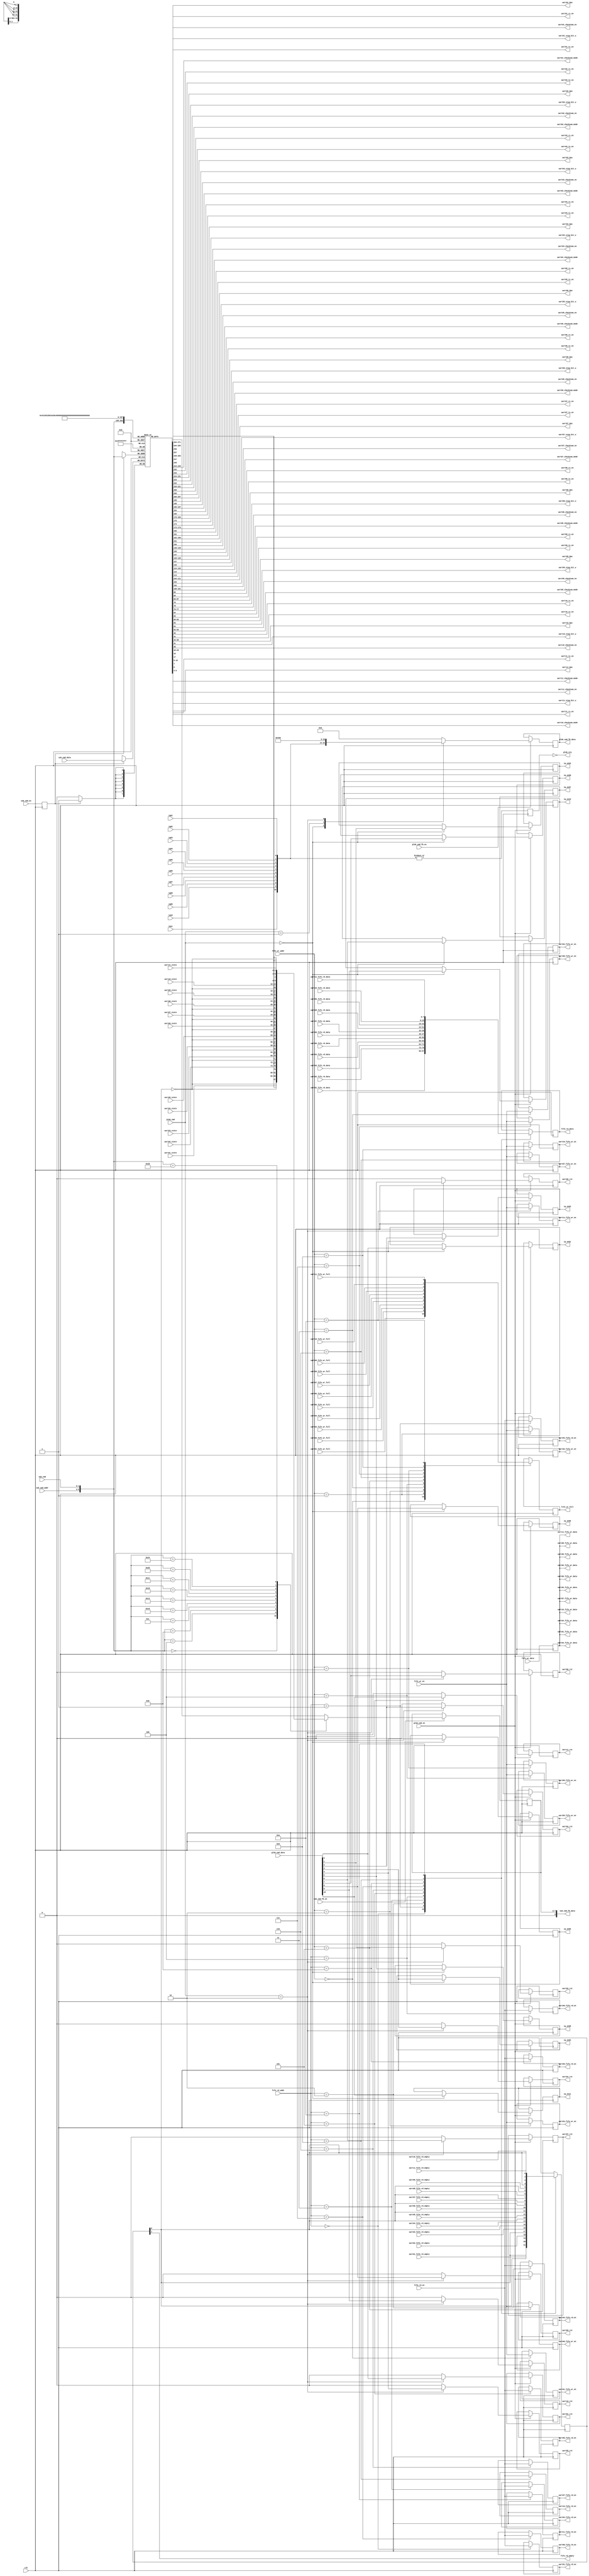
module cmd_parse#(parameter DATA_WIDTH=8, parameter ADDR_WIDTH=6)(
	input clk,
	output glob_irq,
	//global cmmand                 
	input [2:0] 							glob_cmd					,     
	input [10:0] 							glob_cmd_data  		, 
	input 										glob_cmd_en				,             
	output 	[10:0] 						glob_cmd_fb_data	,       
	input 										glob_cmd_fb_en		,       
	   
//sub uart cmd                  	
	input [1:0] 							sub_cmd							,     
	input [DATA_WIDTH-1:0] 		sub_cmd_data 				,     
	input  [3:0] 							sub_cmd_addr 				,   
	output [DATA_WIDTH:0] 		sub_cmd_fb_data			,       
	input 										sub_cmd_fb_en				,         
	input 										sub_cmd_en 					,            
	
	input [3:0] 						fifo_wr_addr,//FIFO控制，选择要写入的FIFO
	input [DATA_WIDTH-1:0] 	fifo_wr_data,
	input 									fifo_wr_en,
	output									fifo_wr_full,
	//FPGA TX FIFO
	input [3:0] 						fifo_rd_addr,
	output [DATA_WIDTH-1:0] fifo_rd_data,
	input 									fifo_rd_en,
	output 									fifo_rd_empty,
	
	output 						uart01_rx_en						 ,				
	output 						uart01_tx_en						 ,				
	output [7:0] 			uart01_bps 			 ,	
	output  					uart01_stop_bit_w ,		
	output 						uart01_checksum_en 	   ,
	output 	[1:0]			uart01_checksum_mode    , 
	output						iq_en01,      
	output						uart01_rst, 
	input		[4:0]			uart01_state ,
	input							iq01,  
	output	[DATA_WIDTH-1:0] uart01_fifo_wr_data,
	output 				uart01_fifo_wr_en,
	input [DATA_WIDTH-1:0] 		uart01_fifo_rd_data,
	output       		uart01_fifo_rd_en,
	
	output 				uart02_rx_en						 ,		
	output 				uart02_tx_en						 ,		
	output [7:0] 	uart02_bps 			 ,	          
	output 		 	uart02_stop_bit_w ,		        
	output 				uart02_checksum_en 	   ,      
	output 	[1:0]			uart02_checksum_mode    , 
	output				iq_en02,			    
	output				uart02_rst, 
	input		[4:0]	uart02_state , 
	input				iq02,   
	output	[DATA_WIDTH-1:0] uart02_fifo_wr_data,  
	output 				uart02_fifo_wr_en, 
	input [DATA_WIDTH-1:0] 		uart02_fifo_rd_data,
	output       		uart02_fifo_rd_en,
	   
	output 				uart03_rx_en						 ,		
	output 				uart03_tx_en						 ,		
	output [7:0] 	uart03_bps 			 ,	          
	output  	uart03_stop_bit_w ,		        
	output 				uart03_checksum_en 	   ,      
	output 	[1:0]			uart03_checksum_mode    ,     
	output				iq_en03,  
	output				uart03_rst,
	input		[4:0]	uart03_state , 
	input				iq03, 
	output	[DATA_WIDTH-1:0] uart03_fifo_wr_data,  
	output 				uart03_fifo_wr_en,   
	input [DATA_WIDTH-1:0] 		uart03_fifo_rd_data,
	output       		uart03_fifo_rd_en, 
	
	output 				uart04_rx_en						 ,		
	output 				uart04_tx_en						 ,		
	output [7:0] 	uart04_bps 			 ,	          
	output  	uart04_stop_bit_w ,		        
	output 				uart04_checksum_en 	   ,      
	output [1:0]	uart04_checksum_mode    ,     
	output				iq_en04,  
	output				uart04_rst,
	input		[4:0]	uart04_state , 
	input				iq04,  
	output	[DATA_WIDTH-1:0] uart04_fifo_wr_data,  
	output 				uart04_fifo_wr_en, 
	input [DATA_WIDTH-1:0] 		uart04_fifo_rd_data,
	output       		uart04_fifo_rd_en,
	   
	output 				uart05_rx_en						 ,		
	output 				uart05_tx_en						 ,		
	output [7:0] 	uart05_bps 			 ,	          
	output 	uart05_stop_bit_w ,		        
	output 				uart05_checksum_en 	   ,      
	output 	[1:0]			uart05_checksum_mode    ,     
	output				iq_en05,
	output				uart05_rst, 
	input		[4:0]	uart05_state ,  
	input				iq05,   
	output	[DATA_WIDTH-1:0] uart05_fifo_wr_data,  
	output 				uart05_fifo_wr_en, 
	input [DATA_WIDTH-1:0] 		uart05_fifo_rd_data,
	output       		uart05_fifo_rd_en,
	   
	output 				uart06_rx_en						 ,		
	output 				uart06_tx_en						 ,		
	output [7:0] 	uart06_bps 			 ,	          
	output  	uart06_stop_bit_w ,		        
	output 				uart06_checksum_en 	   ,      
	output 	[1:0]			uart06_checksum_mode    ,    
	output				iq_en06,
	output				uart06_rst, 
	input		[4:0]	uart06_state ,  
	input				iq06, 
	output	[DATA_WIDTH-1:0] uart06_fifo_wr_data,  
	output 				uart06_fifo_wr_en, 
	input [DATA_WIDTH-1:0] 		uart06_fifo_rd_data,
	output       		uart06_fifo_rd_en,  
	 
	output 				uart07_rx_en						 ,		
	output 				uart07_tx_en						 ,		
	output [7:0] 	uart07_bps 			 ,	          
	output  	uart07_stop_bit_w ,		        
	output 				uart07_checksum_en 	   ,      
	output 	[1:0]			uart07_checksum_mode    ,     
	output				iq_en07,
	output				uart07_rst, 
	input		[4:0]	uart07_state ,  
	input				iq07,  
	output	[DATA_WIDTH-1:0] uart07_fifo_wr_data,  
	output 				uart07_fifo_wr_en, 
	input [DATA_WIDTH-1:0] 		uart07_fifo_rd_data,
	output       		uart07_fifo_rd_en,
	   
	output 				uart08_rx_en						 ,		
	output 				uart08_tx_en						 ,		
	output [7:0] 	uart08_bps 			 ,	          
	output  	uart08_stop_bit_w ,		        
	output 				uart08_checksum_en 	   ,      
	output 	[1:0]			uart08_checksum_mode    ,      
	output				iq_en08,
	output				uart08_rst, 
	input		[4:0]	uart08_state ,  
	input				iq08,   
	output	[DATA_WIDTH-1:0] uart08_fifo_wr_data,  
	output 				uart08_fifo_wr_en, 
	input [DATA_WIDTH-1:0] 		uart08_fifo_rd_data,
	output       		uart08_fifo_rd_en,
	   
	output 				uart09_rx_en						 ,		
	output 				uart09_tx_en						 ,		
	output [7:0] 	uart09_bps 			 ,	          
	output  	uart09_stop_bit_w ,		        
	output 				uart09_checksum_en 	   ,      
	output 	[1:0]			uart09_checksum_mode    ,     
	output				iq_en09,
	output				uart09_rst, 
	input		[4:0]	uart09_state , 
	input				iq09,  
	output	[DATA_WIDTH-1:0] uart09_fifo_wr_data,  
	output 				uart09_fifo_wr_en, 
	input [DATA_WIDTH-1:0] 		uart09_fifo_rd_data,
	output       		uart09_fifo_rd_en,
	    
	output 				uart10_rx_en						 ,		
	output 				uart10_tx_en						 ,		
	output [7:0] 	uart10_bps 			 ,	          
	output  	uart10_stop_bit_w ,		        
	output 				uart10_checksum_en 	   ,      
	output 	[1:0]			uart10_checksum_mode    ,     
	output				iq_en10,
	output				uart10_rst, 
	input		[4:0]	uart10_state ,  
	input				iq10,
	output	[DATA_WIDTH-1:0] uart10_fifo_wr_data,  
  output 				uart10_fifo_wr_en,  
  input [DATA_WIDTH-1:0] 		uart10_fifo_rd_data,
  output       		uart10_fifo_rd_en,
   
	output 				uart11_rx_en						 ,		
	output 				uart11_tx_en						 ,		
	output [7:0] 	uart11_bps 			 ,	          
	output  	uart11_stop_bit_w ,		        
	output 				uart11_checksum_en 	   ,      
	output 	[1:0]			uart11_checksum_mode    ,   
	output				iq_en11  ,
	output				uart11_rst, 
	input		[4:0]	uart11_state ,
	input				iq11 ,
	output	[DATA_WIDTH-1:0] uart11_fifo_wr_data,  
	output 				uart11_fifo_wr_en,
	input [DATA_WIDTH-1:0] 		uart11_fifo_rd_data,    
  output       		uart11_fifo_rd_en,
  
  
  input  uart01_fifo_wr_full	, 
	input  uart01_fifo_rd_empty	, 
	input  uart02_fifo_wr_full	, 
	input  uart02_fifo_rd_empty	, 
	input  uart03_fifo_wr_full	, 
	input  uart03_fifo_rd_empty	, 
	input  uart04_fifo_wr_full	, 
	input  uart04_fifo_rd_empty	, 
	input  uart05_fifo_wr_full	, 
	input  uart05_fifo_rd_empty	, 
	input  uart06_fifo_wr_full	, 
	input  uart06_fifo_rd_empty	, 
	input  uart07_fifo_wr_full	, 
	input  uart07_fifo_rd_empty	, 
	input  uart08_fifo_wr_full	, 
	input  uart08_fifo_rd_empty	, 
	input  uart09_fifo_wr_full	, 
	input  uart09_fifo_rd_empty	, 
	input  uart10_fifo_wr_full	, 
	input  uart10_fifo_rd_empty	, 
	input  uart11_fifo_wr_full	, 
	input  uart11_fifo_rd_empty	 

);

   reg iq_en01_r = 0;
   reg iq_en02_r = 0;
   reg iq_en03_r = 0;
   reg iq_en04_r = 0;
   reg iq_en05_r = 0;
   reg iq_en06_r = 0;
   reg iq_en07_r = 0;
   reg iq_en08_r = 0;
   reg iq_en09_r = 0;
   reg iq_en10_r = 0;
   reg iq_en11_r = 0; 
   
   reg uart11_rst_r = 0;
   reg uart10_rst_r = 0;
   reg uart09_rst_r = 0;
   reg uart08_rst_r = 0;
   reg uart07_rst_r = 0;
   reg uart06_rst_r = 0;
   reg uart05_rst_r = 0;
   reg uart04_rst_r = 0;
   reg uart03_rst_r = 0;
   reg uart02_rst_r = 0;
   reg uart01_rst_r = 0;
     
   
   reg [10:0] glob_cmd_fb_data_r = 0; 
   reg [DATA_WIDTH-1:0] sub_cmd_fb_data_r = 0;
	//==============================================================
	//glob cmd process
	//==============================================================
	assign glob_cmd_fb_data = glob_cmd_fb_data_r;
	always @( posedge clk )
	begin
			if( glob_cmd_fb_en) begin
				case(glob_cmd)
				3'b000 :
						glob_cmd_fb_data_r <= {iq_en11_r,iq_en10_r,iq_en09_r,iq_en08_r,iq_en07_r,iq_en06_r,iq_en05_r,iq_en04_r,iq_en03_r,iq_en02_r,iq_en01_r};
				3'b001 ://子串口中断高电平有效
						glob_cmd_fb_data_r <= {iq11,iq10,iq09,iq08,iq07,iq06,iq05,iq04,iq03,iq02,iq01};
				3'b010 :
						glob_cmd_fb_data_r <= {2'b10,3'b001,3'b000,3'b000};//固定值[10:9]	主版本号[8:6]	次版本号[5:3]	修订版本号[2:0]
				default :	glob_cmd_fb_data_r <= 16'd0;
				endcase
			end
			
	end
	reg glob_irq_r ;
	always @( posedge clk )
	begin
		 glob_irq_r <= |{iq11,iq10,iq09,iq08,iq07,iq06,iq05,iq04,iq03,iq02,iq01};
	end
	assign glob_irq = ~glob_irq_r;//全局中断低电平有效
	always @( posedge clk )
	begin
			if( glob_cmd_en ) begin
				case(glob_cmd )
						3'b000 :begin //串口全局中断使能（GLOBAL_IRQ_ENABLE_CMD）
								iq_en11_r <= glob_cmd_data[10];
								iq_en10_r <= glob_cmd_data[9]; 
								iq_en09_r <= glob_cmd_data[8]; 
								iq_en08_r <= glob_cmd_data[7]; 
								iq_en07_r <= glob_cmd_data[6]; 
								iq_en06_r <= glob_cmd_data[5]; 
								iq_en05_r <= glob_cmd_data[4]; 
								iq_en04_r <= glob_cmd_data[3]; 
								iq_en03_r <= glob_cmd_data[2]; 
								iq_en02_r <= glob_cmd_data[1]; 
								iq_en01_r <= glob_cmd_data[0];  
								end
				default:;
				endcase
			end
			
	end
	always @( posedge clk )
	begin
			if( glob_cmd_en ) begin
				case(glob_cmd )
						3'b010 :begin // 全局子串口复位（GLOBAL_RESTART_CMD）
								/*asset high*/
								uart11_rst_r <= glob_cmd_data[10]; 
								uart10_rst_r <= glob_cmd_data[9];
								uart09_rst_r <= glob_cmd_data[8];
								uart08_rst_r <= glob_cmd_data[7];
								uart07_rst_r <= glob_cmd_data[6];
								uart06_rst_r <= glob_cmd_data[5];
								uart05_rst_r <= glob_cmd_data[4];
								uart04_rst_r <= glob_cmd_data[3];
								uart03_rst_r <= glob_cmd_data[2];
								uart02_rst_r <= glob_cmd_data[1];
								uart01_rst_r <= glob_cmd_data[0];
								end
				default:begin // 全局子串口复位（GLOBAL_RESTART_CMD）
								/*asset high*/
								uart11_rst_r <= 0; 
								uart10_rst_r <= 0;
								uart09_rst_r <= 0;
								uart08_rst_r <= 0;
								uart07_rst_r <= 0;
								uart06_rst_r <= 0;
								uart05_rst_r <= 0;
								uart04_rst_r <= 0;
								uart03_rst_r <= 0;
								uart02_rst_r <= 0;
								uart01_rst_r <= 0;
								end
				endcase
			end
			
	end
	
	
	assign iq_en01 = iq_en01_r ;
	assign iq_en02 = iq_en02_r ;
	assign iq_en03 = iq_en03_r ;
	assign iq_en04 = iq_en04_r ;
	assign iq_en05 = iq_en05_r ;
	assign iq_en06 = iq_en06_r ;
	assign iq_en07 = iq_en07_r ;
	assign iq_en08 = iq_en08_r ;
	assign iq_en09 = iq_en09_r ;
	assign iq_en10 = iq_en10_r ;
	assign iq_en11 = iq_en11_r ;
	
	assign uart01_rst = uart01_rst_r;
	assign uart02_rst = uart02_rst_r;
	assign uart03_rst = uart03_rst_r;
	assign uart04_rst = uart04_rst_r;
	assign uart05_rst = uart05_rst_r;
	assign uart06_rst = uart06_rst_r;
	assign uart07_rst = uart07_rst_r;
	assign uart08_rst = uart08_rst_r;
	assign uart09_rst = uart09_rst_r;
	assign uart10_rst = uart10_rst_r;
	assign uart11_rst = uart11_rst_r;
	
 
	//==============================================================
	//sub cmd process
	//============================================================== 
	assign sub_cmd_fb_data = sub_cmd_fb_data_r;
//	reg [DATA_WIDTH-1:0] sub_cmd_data_r = 0;
	reg sub_cmd_en_r = 0;
//	always @( posedge clk )
//	begin
//			case( {sub_cmd_addr,sub_cmd} )
//			6'b0000_00 : sub_cmd_data_r <= {{~fifo_rd_empty_r},uart01_state[4:0],sub_cmd_data[1:0]};
//			6'b0001_00 : sub_cmd_data_r <= {{~fifo_rd_empty_r},uart02_state[4:0],sub_cmd_data[1:0]};
//			6'b0010_00 : sub_cmd_data_r <= {{~fifo_rd_empty_r},uart03_state[4:0],sub_cmd_data[1:0]}; 
//			6'b0011_00 : sub_cmd_data_r <= {{~fifo_rd_empty_r},uart04_state[4:0],sub_cmd_data[1:0]};  
//			6'b0100_00 : sub_cmd_data_r <= {{~fifo_rd_empty_r},uart05_state[4:0],sub_cmd_data[1:0]}; 
//			6'b0101_00 : sub_cmd_data_r <= {{~fifo_rd_empty_r},uart06_state[4:0],sub_cmd_data[1:0]};  
//			6'b0110_00 : sub_cmd_data_r <= {{~fifo_rd_empty_r},uart07_state[4:0],sub_cmd_data[1:0]}; 		
//			6'b0111_00 : sub_cmd_data_r <= {{~fifo_rd_empty_r},uart08_state[4:0],sub_cmd_data[1:0]}; 
//			6'b1000_00 : sub_cmd_data_r <= {{~fifo_rd_empty_r},uart09_state[4:0],sub_cmd_data[1:0]}; 
//			6'b1001_00 : sub_cmd_data_r <= {{~fifo_rd_empty_r},uart10_state[4:0],sub_cmd_data[1:0]}; 
//			6'b1010_00 : sub_cmd_data_r <= {{~fifo_rd_empty_r},uart11_state[4:0],sub_cmd_data[1:0]}; 
//			default : sub_cmd_data_r <=  sub_cmd_data;
//			endcase
//	end
	
	always @( posedge clk )
	begin
			sub_cmd_en_r <= sub_cmd_en;
	end


	// Declare the RAM variable
	reg [DATA_WIDTH-1:0] ram[2**ADDR_WIDTH-1:0];

	// Port A 
	always @ (posedge clk)
	begin
		if (sub_cmd_en_r) 
		begin
			
			ram[{sub_cmd_addr,sub_cmd}] <= sub_cmd_data;

		end
	end 
	always @ (posedge clk)
	begin
	 if( sub_cmd_fb_en )
		begin
//			sub_cmd_fb_data_r <= ram[{sub_cmd_addr,sub_cmd}];
					case( {sub_cmd_addr,sub_cmd} )//不需要把数据存在ROM，这样可以保证读取的数据就是当前的状态
			6'b0000_00 : sub_cmd_fb_data_r <= {{~fifo_rd_empty_r[0]},uart01_state[4:0], ram[{sub_cmd_addr,sub_cmd}][1:0]};
			6'b0001_00 : sub_cmd_fb_data_r <= {{~fifo_rd_empty_r[0]},uart02_state[4:0], ram[{sub_cmd_addr,sub_cmd}][1:0]};
			6'b0010_00 : sub_cmd_fb_data_r <= {{~fifo_rd_empty_r[0]},uart03_state[4:0], ram[{sub_cmd_addr,sub_cmd}][1:0]}; 
			6'b0011_00 : sub_cmd_fb_data_r <= {{~fifo_rd_empty_r[0]},uart04_state[4:0], ram[{sub_cmd_addr,sub_cmd}][1:0]};  
			6'b0100_00 : sub_cmd_fb_data_r <= {{~fifo_rd_empty_r[0]},uart05_state[4:0], ram[{sub_cmd_addr,sub_cmd}][1:0]}; 
			6'b0101_00 : sub_cmd_fb_data_r <= {{~fifo_rd_empty_r[0]},uart06_state[4:0], ram[{sub_cmd_addr,sub_cmd}][1:0]};  
			6'b0110_00 : sub_cmd_fb_data_r <= {{~fifo_rd_empty_r[0]},uart07_state[4:0], ram[{sub_cmd_addr,sub_cmd}][1:0]}; 		
			6'b0111_00 : sub_cmd_fb_data_r <= {{~fifo_rd_empty_r[0]},uart08_state[4:0], ram[{sub_cmd_addr,sub_cmd}][1:0]}; 
			6'b1000_00 : sub_cmd_fb_data_r <= {{~fifo_rd_empty_r[0]},uart09_state[4:0], ram[{sub_cmd_addr,sub_cmd}][1:0]}; 
			6'b1001_00 : sub_cmd_fb_data_r <= {{~fifo_rd_empty_r[0]},uart10_state[4:0], ram[{sub_cmd_addr,sub_cmd}][1:0]}; 
			6'b1010_00 : sub_cmd_fb_data_r <= {{~fifo_rd_empty_r[0]},uart11_state[4:0], ram[{sub_cmd_addr,sub_cmd}][1:0]}; 
			default : sub_cmd_fb_data_r <=  ram[{sub_cmd_addr,sub_cmd}];
			endcase
		end 
	end 

	assign uart01_rx_en 				= ram[0][0] ; 
	assign uart01_tx_en 				= ram[0][1];
	assign uart01_bps 					= ram[1];
	assign uart01_stop_bit_w 		= ram[2][7];
	assign uart01_checksum_en 	= ram[2][6];
	assign uart01_checksum_mode = ram[2][5:4];
	//3
	assign uart02_rx_en = ram[4][0] ; 
	assign uart02_tx_en = ram[4][1];
	assign uart02_bps 	= ram[5];
	assign uart02_stop_bit_w 		= ram[6][7];
	assign uart02_checksum_en 	= ram[6][6];
	assign uart02_checksum_mode = ram[6][5:4];
	//7
	assign uart03_rx_en 	=  ram[8][0] ; 
	assign uart03_tx_en 	= ram[8][1];
	assign uart03_bps 		= ram[9];
	assign uart03_stop_bit_w 		= ram[10][7];
	assign uart03_checksum_en 	= ram[10][6];
	assign uart03_checksum_mode = ram[10][5:4];
	//11
	
	assign uart04_rx_en =  ram[12][0] ; 
	assign uart04_tx_en =  ram[12][1];
	assign uart04_bps = ram[13];
	assign uart04_stop_bit_w =  	ram[14][7];
	assign uart04_checksum_en = 	ram[14][6];
	assign uart04_checksum_mode = ram[14][5:4];
	//15
	assign uart05_rx_en =  ram[16][0] ; 
	assign uart05_tx_en =  ram[16][1];
	assign uart05_bps = ram[17];
	assign uart05_stop_bit_w =  	ram[18][7];
	assign uart05_checksum_en = 	ram[18][6];
	assign uart05_checksum_mode = ram[18][5:4];
	//19
	assign uart06_rx_en =  ram[20][0] ; 
	assign uart06_tx_en =  ram[20][1];
	assign uart06_bps = ram[21];
	assign uart06_stop_bit_w =  	ram[22][7];
	assign uart06_checksum_en = 	ram[22][6];
	assign uart06_checksum_mode = ram[22][5:4];
	//23
	assign uart07_rx_en =  ram[24][0] ; 
	assign uart07_tx_en =  ram[24][1];
	assign uart07_bps = ram[25];
	assign uart07_stop_bit_w =  	ram[26][7];
	assign uart07_checksum_en = 	ram[26][6];
	assign uart07_checksum_mode = ram[26][5:4];
	//27
	assign uart08_rx_en =  ram[28][0] ; 
	assign uart08_tx_en =  ram[28][1];
	assign uart08_bps = ram[29];
	assign uart08_stop_bit_w =  	ram[30][7];
	assign uart08_checksum_en = 	ram[30][6];
	assign uart08_checksum_mode = ram[30][5:4];
	//31
	assign uart09_rx_en =  ram[32][0] ; 
	assign uart09_tx_en =  ram[32][1];
	assign uart09_bps = ram[33];
	assign uart09_stop_bit_w =  	ram[34][7];
	assign uart09_checksum_en = 	ram[34][6];
	assign uart09_checksum_mode = ram[34][5:4];
	//35
	assign uart10_rx_en =  ram[36][0] ; 
	assign uart10_tx_en =  ram[36][1];
	assign uart10_bps = ram[37];
	assign uart10_stop_bit_w =  	ram[38][7];
	assign uart10_checksum_en = 	ram[38][6];
	assign uart10_checksum_mode = ram[38][5:4];
	//39
	assign uart11_rx_en =  ram[40][0] ; 
	assign uart11_tx_en =  ram[40][1];
	assign uart11_bps = ram[41];
	assign uart11_stop_bit_w =  	ram[42][7];
	assign uart11_checksum_en = 	ram[42][6];
	assign uart11_checksum_mode = ram[42][5:4];
	//43
//========================================================================	
// wr fifo process 
//把SPI的数据转给相应的UART
//fifo_wr_addr:选择相应的UART FIFO,使能FIFO写
//========================================================================
reg [7: 0] fifo_wr_data01_r = 0;
reg [7: 0] fifo_wr_data02_r = 0;
reg [7: 0] fifo_wr_data03_r = 0;
reg [7: 0] fifo_wr_data04_r = 0;
reg [7: 0] fifo_wr_data05_r = 0;
reg [7: 0] fifo_wr_data06_r = 0;
reg [7: 0] fifo_wr_data07_r = 0;
reg [7: 0] fifo_wr_data08_r = 0;
reg [7: 0] fifo_wr_data09_r = 0;
reg [7: 0] fifo_wr_data10_r = 0;
reg [7: 0] fifo_wr_data11_r = 0;
reg fifo_wr_en01_r = 0;
reg fifo_wr_en02_r = 0;
reg fifo_wr_en03_r = 0;
reg fifo_wr_en04_r = 0;
reg fifo_wr_en05_r = 0;
reg fifo_wr_en06_r = 0;
reg fifo_wr_en07_r = 0;
reg fifo_wr_en08_r = 0;
reg fifo_wr_en09_r = 0;
reg fifo_wr_en10_r = 0;
reg fifo_wr_en11_r = 0; 

reg fifo_wr_full_r  =0;


   always @( posedge clk )
   begin
   	fifo_wr_data01_r <= fifo_wr_data;
   	fifo_wr_data02_r <= fifo_wr_data;
   	fifo_wr_data03_r <= fifo_wr_data;
   	fifo_wr_data04_r <= fifo_wr_data;
   	fifo_wr_data05_r <= fifo_wr_data;
   	fifo_wr_data06_r <= fifo_wr_data;
   	fifo_wr_data07_r <= fifo_wr_data;
   	fifo_wr_data08_r <= fifo_wr_data;
   	fifo_wr_data09_r <= fifo_wr_data;
   	fifo_wr_data10_r <= fifo_wr_data;
   	fifo_wr_data11_r <= fifo_wr_data;
   end
   
	always @( posedge clk )
	begin
		case( fifo_wr_addr )
		4'b0000 :begin
						 fifo_wr_en01_r <= fifo_wr_en;
						 fifo_wr_full_r <= uart01_fifo_wr_full;
						 end
		4'b0001 :begin
						 fifo_wr_en02_r <= fifo_wr_en;
						 fifo_wr_full_r <= uart02_fifo_wr_full;
						 end
		4'b0010 :begin
						 fifo_wr_en03_r <= fifo_wr_en;
						 fifo_wr_full_r <= uart03_fifo_wr_full;
						 end
		4'b0011 :begin
						 fifo_wr_en04_r <= fifo_wr_en;
						 fifo_wr_full_r <= uart04_fifo_wr_full;
						 end
		4'b0100 :begin
						 fifo_wr_en05_r <= fifo_wr_en;
						 fifo_wr_full_r <= uart05_fifo_wr_full;
						 end
		4'b0101 :begin
						 fifo_wr_en06_r <= fifo_wr_en;
						 fifo_wr_full_r <= uart06_fifo_wr_full;
						 end
		4'b0110 :begin
						 fifo_wr_en07_r <= fifo_wr_en;
						 fifo_wr_full_r <= uart07_fifo_wr_full;
						 end
		4'b0111 :begin
						 fifo_wr_en08_r <= fifo_wr_en;
						 fifo_wr_full_r <= uart08_fifo_wr_full;
						 end
		4'b1000 :begin
						 fifo_wr_en09_r <= fifo_wr_en;
						 fifo_wr_full_r <= uart09_fifo_wr_full;
						 end
		4'b1001 :begin
						 fifo_wr_en10_r <= fifo_wr_en; 
						 fifo_wr_full_r <= uart10_fifo_wr_full;
						 end
		4'b1010 :begin
						 fifo_wr_en11_r <= fifo_wr_en;
						 fifo_wr_full_r <= uart11_fifo_wr_full;
						 end
		default:;
		endcase
		
	end
	assign uart01_fifo_wr_data =  fifo_wr_data01_r;
	assign uart02_fifo_wr_data =  fifo_wr_data02_r;
	assign uart03_fifo_wr_data =  fifo_wr_data03_r;
	assign uart04_fifo_wr_data =  fifo_wr_data04_r;
	assign uart05_fifo_wr_data =  fifo_wr_data05_r;
	assign uart06_fifo_wr_data =  fifo_wr_data06_r;
	assign uart07_fifo_wr_data =  fifo_wr_data07_r;
	assign uart08_fifo_wr_data =  fifo_wr_data08_r;
	assign uart09_fifo_wr_data =  fifo_wr_data09_r;
	assign uart10_fifo_wr_data =  fifo_wr_data10_r;
	assign uart11_fifo_wr_data =  fifo_wr_data11_r;

  assign uart01_fifo_wr_en = fifo_wr_en01_r; 
  assign uart02_fifo_wr_en = fifo_wr_en02_r;
  assign uart03_fifo_wr_en = fifo_wr_en03_r;
  assign uart04_fifo_wr_en = fifo_wr_en04_r;
  assign uart05_fifo_wr_en = fifo_wr_en05_r;
  assign uart06_fifo_wr_en = fifo_wr_en06_r;
  assign uart07_fifo_wr_en = fifo_wr_en07_r;
  assign uart08_fifo_wr_en = fifo_wr_en08_r;
  assign uart09_fifo_wr_en = fifo_wr_en09_r;
  assign uart10_fifo_wr_en = fifo_wr_en10_r;
  assign uart11_fifo_wr_en = fifo_wr_en11_r;  
  
  assign fifo_wr_full = fifo_wr_full_r;
 //===========================================================================
 //rd fifo process
 //===========================================================================  
 	reg fifo_rd_en01_r = 0;
	reg fifo_rd_en02_r = 0;
	reg fifo_rd_en03_r = 0;
	reg fifo_rd_en04_r = 0;
	reg fifo_rd_en05_r = 0;
	reg fifo_rd_en06_r = 0;
	reg fifo_rd_en07_r = 0;
	reg fifo_rd_en08_r = 0;
	reg fifo_rd_en09_r = 0;
	reg fifo_rd_en10_r = 0;
	reg fifo_rd_en11_r = 0;
	reg [7:0] fifo_rd_data_r = 0;

	always @( posedge clk )
	begin
		case( fifo_rd_addr )
		4'b0000 : fifo_rd_en01_r <= fifo_rd_en;
		4'b0001 : fifo_rd_en02_r <= fifo_rd_en;
		4'b0010 : fifo_rd_en03_r <= fifo_rd_en;
		4'b0011 : fifo_rd_en04_r <= fifo_rd_en;
		4'b0100 : fifo_rd_en05_r <= fifo_rd_en;
		4'b0101 : fifo_rd_en06_r <= fifo_rd_en;
		4'b0110 : fifo_rd_en07_r <= fifo_rd_en;
		4'b0111 : fifo_rd_en08_r <= fifo_rd_en;
		4'b1000 : fifo_rd_en09_r <= fifo_rd_en;
		4'b1001 : fifo_rd_en10_r <= fifo_rd_en;
		4'b1010 : fifo_rd_en11_r <= fifo_rd_en;
		default:;
		endcase
		
	end
//	reg [1:0] uart01_fifo_rd_empty_r = 0;
//	reg [1:0] uart02_fifo_rd_empty_r = 0;
//	reg [1:0] uart03_fifo_rd_empty_r = 0;
//	reg [1:0] uart04_fifo_rd_empty_r = 0;
//	reg [1:0] uart05_fifo_rd_empty_r = 0;
//	reg [1:0] uart06_fifo_rd_empty_r = 0;
//	reg [1:0] uart07_fifo_rd_empty_r = 0;
//	reg [1:0] uart08_fifo_rd_empty_r = 0;
//	reg [1:0] uart09_fifo_rd_empty_r = 0;
//	reg [1:0] uart10_fifo_rd_empty_r = 0;
//	reg [1:0] uart11_fifo_rd_empty_r = 0;
//	always @( posedge clk )
//	begin
//			uart01_fifo_rd_empty_r <= {uart01_fifo_rd_empty_r[0],uart01_fifo_rd_empty};   
//			uart02_fifo_rd_empty_r <= {uart02_fifo_rd_empty_r[0],uart02_fifo_rd_empty};
//			uart03_fifo_rd_empty_r <= {uart03_fifo_rd_empty_r[0],uart03_fifo_rd_empty};   
//			uart04_fifo_rd_empty_r <= {uart04_fifo_rd_empty_r[0],uart04_fifo_rd_empty};   
//			uart05_fifo_rd_empty_r <= {uart05_fifo_rd_empty_r[0],uart05_fifo_rd_empty};   
//			uart06_fifo_rd_empty_r <= {uart06_fifo_rd_empty_r[0],uart06_fifo_rd_empty};   
//			uart07_fifo_rd_empty_r <= {uart07_fifo_rd_empty_r[0],uart07_fifo_rd_empty};   
//			uart08_fifo_rd_empty_r <= {uart08_fifo_rd_empty_r[0],uart08_fifo_rd_empty};   
//			uart09_fifo_rd_empty_r <= {uart09_fifo_rd_empty_r[0],uart09_fifo_rd_empty};      
//			uart10_fifo_rd_empty_r <= {uart10_fifo_rd_empty_r[0],uart10_fifo_rd_empty};   
//			uart11_fifo_rd_empty_r <= {uart11_fifo_rd_empty_r[0],uart11_fifo_rd_empty};   
//			
//	end
	
	reg [1:0] fifo_rd_empty_r = 0;

	always @( posedge clk )
	begin
		case( fifo_rd_addr )
		4'b0000 :begin  
								fifo_rd_data_r <= uart01_fifo_rd_data; 
								fifo_rd_empty_r <= {fifo_rd_empty_r[0],uart01_fifo_rd_empty};
						end
		4'b0001 :begin  
								fifo_rd_data_r <= uart02_fifo_rd_data; 
								fifo_rd_empty_r <= {fifo_rd_empty_r[0],uart02_fifo_rd_empty};
							end
		4'b0010 :begin  
								fifo_rd_data_r <= uart03_fifo_rd_data;  
								fifo_rd_empty_r <= {fifo_rd_empty_r[0],uart03_fifo_rd_empty};
								
							end
		4'b0011 :begin  
								fifo_rd_data_r <= uart04_fifo_rd_data;
								fifo_rd_empty_r <= {fifo_rd_empty_r[0],uart04_fifo_rd_empty};
								
						 end
		4'b0100 :begin
						  fifo_rd_data_r <= uart05_fifo_rd_data;
						  fifo_rd_empty_r <= {fifo_rd_empty_r[0],uart05_fifo_rd_empty};
						  
						  end
		4'b0101 :begin
						  fifo_rd_data_r <= uart06_fifo_rd_data;
						  fifo_rd_empty_r <= {fifo_rd_empty_r[0],uart06_fifo_rd_empty};
						  
						  end
		4'b0110 :begin
						  fifo_rd_data_r <= uart07_fifo_rd_data;
						  fifo_rd_empty_r <= {fifo_rd_empty_r[0],uart07_fifo_rd_empty};
						  
						  end
		4'b0111 :begin
						  fifo_rd_data_r <= uart08_fifo_rd_data;
						  fifo_rd_empty_r <= {fifo_rd_empty_r[0],uart08_fifo_rd_empty};
						  
						   end
		4'b1000 :begin
						  fifo_rd_data_r <= uart09_fifo_rd_data;
						  fifo_rd_empty_r <= {fifo_rd_empty_r[0],uart09_fifo_rd_empty};
						  
						   end
		4'b1001 :begin
						  fifo_rd_data_r <= uart10_fifo_rd_data;
						  fifo_rd_empty_r <= {fifo_rd_empty_r[0],uart10_fifo_rd_empty};
						  
						  end
		4'b1010 :begin
						  fifo_rd_data_r <= uart11_fifo_rd_data; 
						  fifo_rd_empty_r <= {fifo_rd_empty_r[0],uart11_fifo_rd_empty};
						   end
		default:;
		endcase
	end

	assign fifo_rd_data = fifo_rd_data_r; 
	assign uart01_fifo_rd_en = fifo_rd_en01_r;
	assign uart02_fifo_rd_en = fifo_rd_en02_r;
	assign uart03_fifo_rd_en = fifo_rd_en03_r;
	assign uart04_fifo_rd_en = fifo_rd_en04_r;
	assign uart05_fifo_rd_en = fifo_rd_en05_r;
	assign uart06_fifo_rd_en = fifo_rd_en06_r;
	assign uart07_fifo_rd_en = fifo_rd_en07_r;
	assign uart08_fifo_rd_en = fifo_rd_en08_r;
	assign uart09_fifo_rd_en = fifo_rd_en09_r;
	assign uart10_fifo_rd_en = fifo_rd_en10_r;
	assign uart11_fifo_rd_en = fifo_rd_en11_r;  
	
	assign fifo_rd_empty = fifo_rd_empty_r[1];
	
endmodule